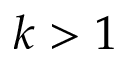
k > 1